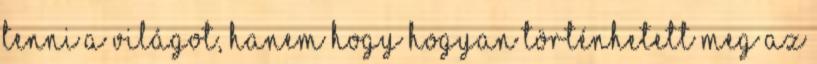
tenni a világot, hanem hogy hogyan történhetett meg az